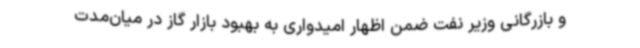
و بازرگانی وزیر نفت ضمن اظهار امیدواری به بهبود بازار گاز در میان‌مدت